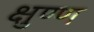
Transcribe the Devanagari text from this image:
क्षुण्ण